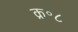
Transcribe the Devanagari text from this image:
क्र॰८